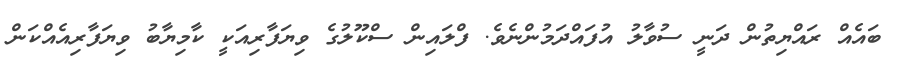
ބައެއް ރައްޔިތުން ދަނީ ސުވާލު އުފައްދަމުންނެވެ. ފްލައިން ސްކޫލުގެ ވިޔަފާރިއަކީ ކާމިޔާބު ވިޔަފާރިއެއްކަން